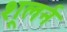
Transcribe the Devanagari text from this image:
शूलर्न